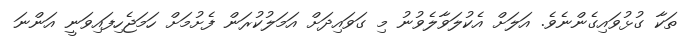
ތަކާ ގުޅުވައިގެންނެވެ. އަލަށް އެކުލަވާލެވުނު މި ގަވައިދަށް އަމަލުކުރަން ފެށުމަށް ހަމަޖެހިފައިވަނީ އަންނަ